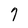
Character: 7